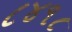
૮૪૧૮